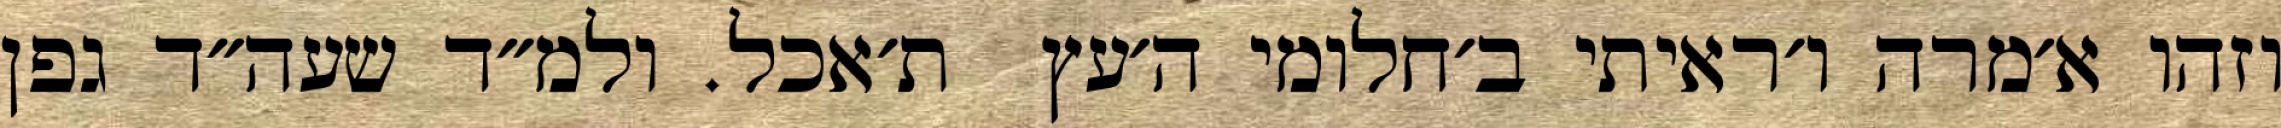
וזהו א׳מרה ו׳ראיתי ב׳חלומי ה׳עץ  ת׳אכל. ולמ״ד שעה״ד גפן